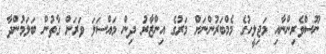
ނޫސްވެރިންނާއި މަޖިލީހުގެ މެމްބަރުންނަށް މަރުގެ އިންޒާރު ދިން މައްސަލަ ވަރަށް ގާތުން ބަލަމުންދާ